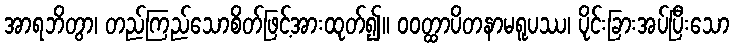
အာရဘိတွာ၊ တည်ကြည်သောစိတ်ဖြင့်အားထုတ်၍။ ဝဝတ္ထာပိတနာမရူပဿ၊ ပိုင်းခြားအပ်ပြီးသော